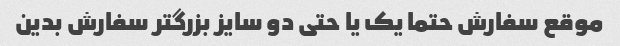
موقع سفارش حتما یک یا حتی دو سایز بزرگتر سفارش بدین